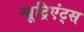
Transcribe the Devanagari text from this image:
न्यूट्रिएंट्स